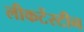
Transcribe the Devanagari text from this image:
लीकटेंस्टीन